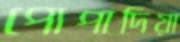
পোপাদিয়া